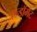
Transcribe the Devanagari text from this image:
एन्‍डॉमेंट